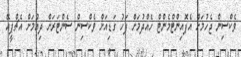
ވެކްސިން ޖެހުމަށް އެޕޮއިންޓްމެންޓް ހެއްދުމަށް ފަހު ގަޑިއަށް ވެކްސިން ސެންޓަރަށް ދިއުމަށް އެޗްޕީއޭ